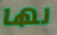
لها